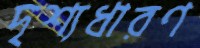
দৃশ্যধারণ